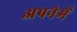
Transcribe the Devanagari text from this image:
अपनेमेँ